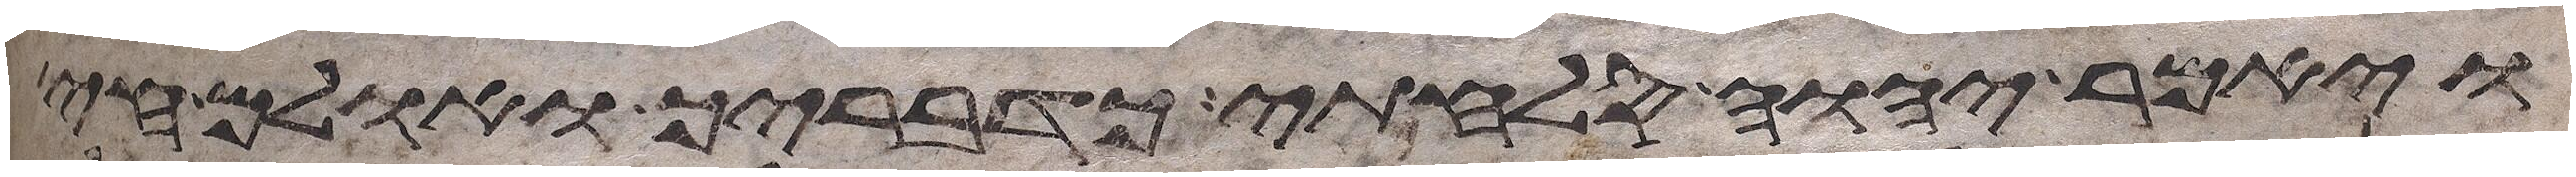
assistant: ויאמר יהוה סלחתי כדבריך ואולם חי